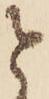
と